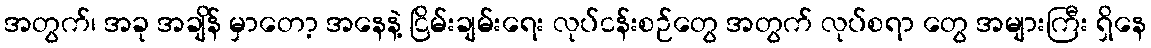
အတွက်၊ အခု အချိန် မှာတော့ အနေနဲ့ ငြိမ်းချမ်းရေး လုပ်ငန်းစဉ်တွေ အတွက် လုပ်စရာ တွေ အများကြီး ရှိနေ